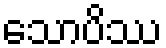
သောပိဿ